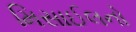
મિસાઈલનો